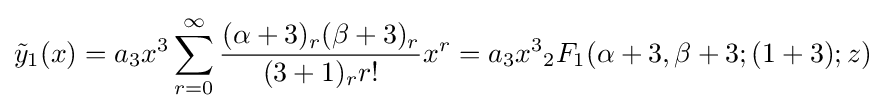
{\tilde {y}}_{1}(x)=a_{3}x^{3}\sum _{r=0}^{\infty }{\frac {(\alpha +3)_{r}(\beta +3)_{r}}{(3+1)_{r}r!}}x^{r}=a_{3}x^{3}{_{2}F_{1}}(\alpha +3,\beta +3;(1+3);z)